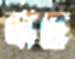
থাহে